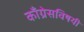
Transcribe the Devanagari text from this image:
काँग्रेसविषयी